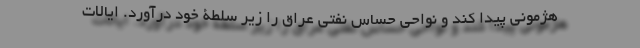
هژمونی پیدا کند و نواحی حساس نفتی عراق را زیر سلطۀ خود درآورد. ایالات